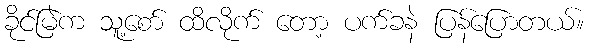
ခိုင်မြဲက သူ့စော် ထိလိုက် တော့ ပက်ခနဲ ပြန်ပြောတယ်။